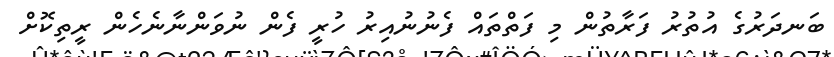
ބަނދަރުގެ އުތުރު ފަރާތުން މި ފަތްތައް ފެނުނުއިރު ހުރީ ފެން ނުވަންނާނެހެން ރީތިކޮށް